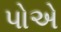
પોએ